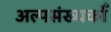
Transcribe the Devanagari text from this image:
अल्पसंख्यकोँ